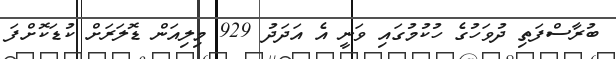
ބުރާސްފަތި ދުވަހުގެ ހުކުމުގައި ވަނީ އެ އަދަދު 929 މިލިއަން ޑޮލަރަށް ކުޑަކޮށްފަ